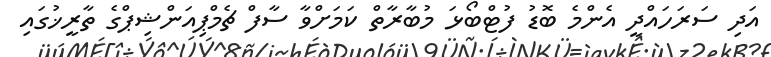
އަދި ސަރަހައްދީ އެންމެ ބޮޑު ފުޓްބޯޅަ މުބާރާތް ކަމަށްވާ ސާފް ޗެމްޕިއަންޝިޕްގެ ތާރީޚުގައި